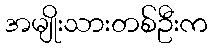
အမျိုးသားတစ်ဦးက